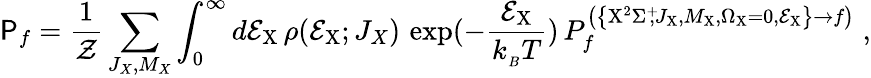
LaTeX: \mathsf{P}_{f}=\frac{1}{\mathcal{Z}}\sum_{J_{X},M_{X}}\int_{0}^{\infty}d\mathcal{E}_{\mathrm{X}}\, \rho(\mathcal{E}_{\mathrm{X}};J_{X})\, \exp(-\frac{\mathcal{E}_{\mathrm{X}}}{k_{_B}T})\, P_{f}^{\left(\left\{ \mathrm{X}^{2}\Sigma^{+}\! \! ,J_{\mathrm{X}},M_{\mathrm{X}},\Omega_{\mathrm{X}}=0,\mathcal{E}_{\mathrm{X}}\right\} \rightarrow f\right)}\; ,